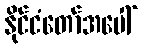
နိုင်ငံတော်အပေါ်